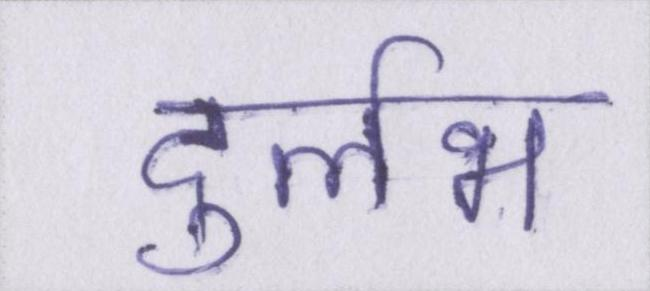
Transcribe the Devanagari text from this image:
दुर्लभ